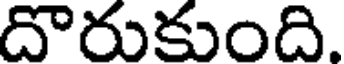
దొరుకుంది.